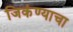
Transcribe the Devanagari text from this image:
जिकंण्याचा